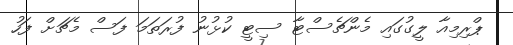
ޕްރިމިއާ ލީގުގައި މެންޗެސްޓާ ސިޓީ ކުޅުނު ފުރަތަމަ ފަސް މެޗަށް ފަހު